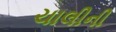
ચાલીની